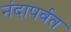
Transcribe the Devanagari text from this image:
नंदापर्वत